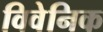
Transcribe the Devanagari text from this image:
विवेनिक